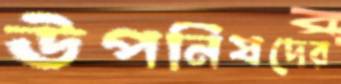
উপনিষদের